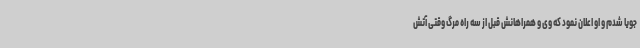
جویا شدم و او اعلان نمود که وی و همراهانش قبل از سه راه مرگ وقتی آتش